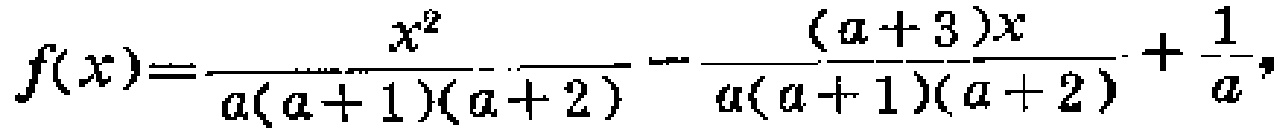
\[f(x)=\frac{x^{2}}{a(a + 1)(a + 2)}-\frac{(a + 3)x}{a(a + 1)(a + 2)}+\frac{1}{a},\]